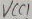
Text: VCC1